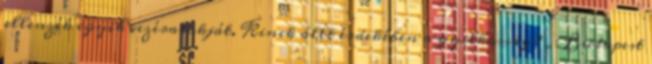
ellenzék egyik vezéralakját. Kinek állt érdekében a gyilkosság? „Budapest